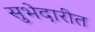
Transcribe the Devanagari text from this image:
सुभेदारीत